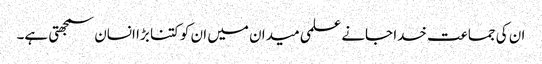
ان کی جماعت خدا جانے علمی میدان میں ان کو کتنا بڑا انسان سمجھتی ہے۔